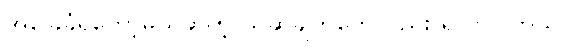
အခြေခံရတော့မယ်ဆိုတဲ့ ယူဆချက်တွေလည်း ရှိလာပါတယ်။